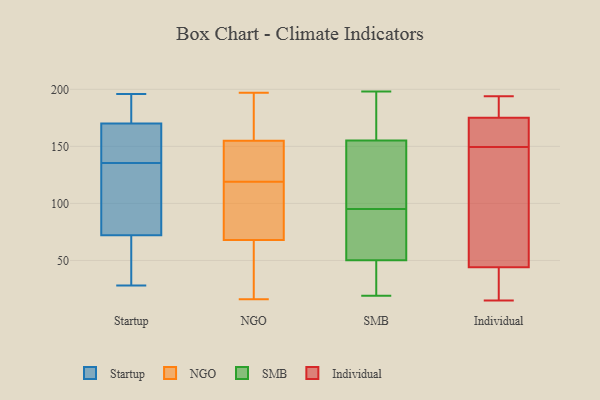
{"axis": {"x": "Gross Profit (USD K)", "y": "Value"}, "legend": ["Individual", "NGO", "SMB", "Startup"], "data": [{"x": "", "y": 174, "type": "Startup"}, {"x": "", "y": 158, "type": "Startup"}, {"x": "", "y": 52, "type": "Startup"}, {"x": "", "y": 170, "type": "Startup"}, {"x": "", "y": 63, "type": "Startup"}, {"x": "", "y": 196, "type": "Startup"}, {"x": "", "y": 72, "type": "Startup"}, {"x": "", "y": 112, "type": "Startup"}, {"x": "", "y": 28, "type": "Startup"}, {"x": "", "y": 182, "type": "Startup"}, {"x": "", "y": 161, "type": "Startup"}, {"x": "", "y": 85, "type": "Startup"}, {"x": "", "y": 123, "type": "Startup"}, {"x": "", "y": 47, "type": "Startup"}, {"x": "", "y": 147, "type": "Startup"}, {"x": "", "y": 184, "type": "Startup"}, {"x": "", "y": 127, "type": "Startup"}, {"x": "", "y": 144, "type": "Startup"}, {"x": "", "y": 96, "type": "NGO"}, {"x": "", "y": 112, "type": "NGO"}, {"x": "", "y": 49, "type": "NGO"}, {"x": "", "y": 26, "type": "NGO"}, {"x": "", "y": 161, "type": "NGO"}, {"x": "", "y": 165, "type": "NGO"}, {"x": "", "y": 149, "type": "NGO"}, {"x": "", "y": 51, "type": "NGO"}, {"x": "", "y": 197, "type": "NGO"}, {"x": "", "y": 130, "type": "NGO"}, {"x": "", "y": 16, "type": "NGO"}, {"x": "", "y": 126, "type": "NGO"}, {"x": "", "y": 149, "type": "NGO"}, {"x": "", "y": 66, "type": "NGO"}, {"x": "", "y": 135, "type": "NGO"}, {"x": "", "y": 176, "type": "NGO"}, {"x": "", "y": 96, "type": "NGO"}, {"x": "", "y": 89, "type": "NGO"}, {"x": "", "y": 183, "type": "NGO"}, {"x": "", "y": 70, "type": "NGO"}, {"x": "", "y": 49, "type": "SMB"}, {"x": "", "y": 150, "type": "SMB"}, {"x": "", "y": 111, "type": "SMB"}, {"x": "", "y": 139, "type": "SMB"}, {"x": "", "y": 157, "type": "SMB"}, {"x": "", "y": 79, "type": "SMB"}, {"x": "", "y": 168, "type": "SMB"}, {"x": "", "y": 95, "type": "SMB"}, {"x": "", "y": 78, "type": "SMB"}, {"x": "", "y": 22, "type": "SMB"}, {"x": "", "y": 19, "type": "SMB"}, {"x": "", "y": 170, "type": "SMB"}, {"x": "", "y": 96, "type": "SMB"}, {"x": "", "y": 28, "type": "SMB"}, {"x": "", "y": 83, "type": "SMB"}, {"x": "", "y": 54, "type": "SMB"}, {"x": "", "y": 48, "type": "SMB"}, {"x": "", "y": 198, "type": "SMB"}, {"x": "", "y": 174, "type": "SMB"}, {"x": "", "y": 15, "type": "Individual"}, {"x": "", "y": 22, "type": "Individual"}, {"x": "", "y": 173, "type": "Individual"}, {"x": "", "y": 117, "type": "Individual"}, {"x": "", "y": 175, "type": "Individual"}, {"x": "", "y": 44, "type": "Individual"}, {"x": "", "y": 165, "type": "Individual"}, {"x": "", "y": 182, "type": "Individual"}, {"x": "", "y": 193, "type": "Individual"}, {"x": "", "y": 42, "type": "Individual"}, {"x": "", "y": 138, "type": "Individual"}, {"x": "", "y": 96, "type": "Individual"}, {"x": "", "y": 194, "type": "Individual"}, {"x": "", "y": 161, "type": "Individual"}]}